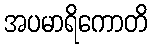
အပမာရိကောတိ